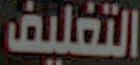
التغليف